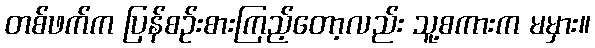
တစ်ဖက်က ပြန်စဉ်းစားကြည့်တော့လည်း သူ့စကားက မမှား။